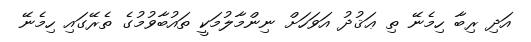
އަދި ރިބާ ހިމެނޭ ތި ޢަޤުދު އަވަހަށް ނިންމާލުމަކީ ތައުބާވުމުގެ ތެރޭގައި ހިމެނޭ